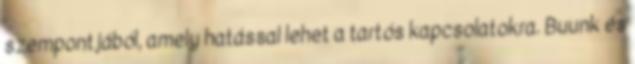
szempontjából, amely hatással lehet a tartós kapcsolatokra. Buunk és